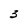
Character: 3